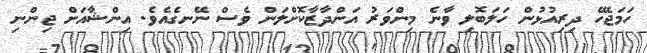
ހަމަޖެހޭ ދިރިއުޅުން ހަލަބޮލި ވާނެ މިންވަރު އަންދާޒާކޮށްލަން ވެސް ނޭނގެއެވެ. އިންޝާއަށް ޖިންނި